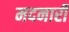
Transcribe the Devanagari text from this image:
मदनारी